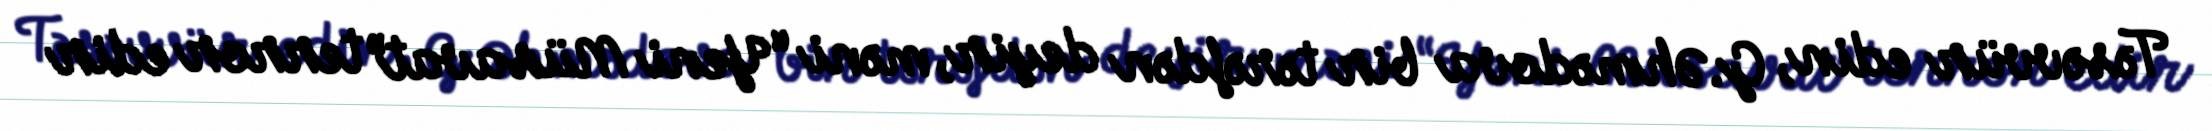
Təsəvvür edin, G.Əhmədova bir tərəfdən deyir, məni “Yeni Müsavat” terror edir